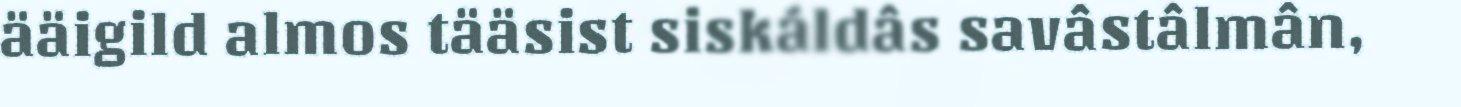
ääigild almos tääsist siskáldâs savâstâlmân,